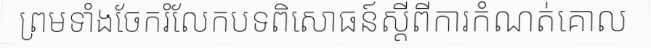
ព្រមទាំងចែករំលែកបទពិសោធន៍ស្តីពីការកំណត់គោល